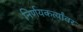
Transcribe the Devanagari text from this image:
निर्णयकर्त्यांवर